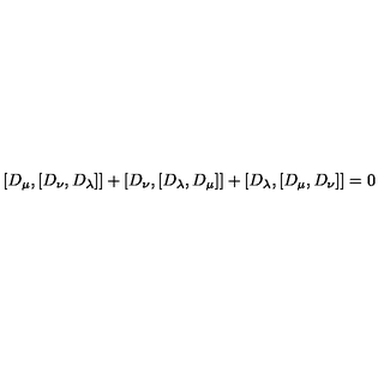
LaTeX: [ D _ { \mu } , [ D _ { \nu } , D _ { \lambda } ] ] + [ D _ { \nu } , [ D _ { \lambda } , D _ { \mu } ] ] + [ D _ { \lambda } , [ D _ { \mu } , D _ { \nu } ] ] = 0